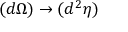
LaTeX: ( d \Omega ) \rightarrow ( d ^ { 2 } \eta )